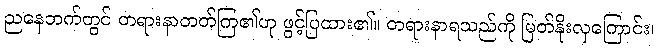
ညနေဘက်တွင် တရားနာတတ်ကြ၏ဟု ဖွင့်ပြထား၏။ တရားနာရသည်ကို မြတ်နိုးလှကြောင်း၊